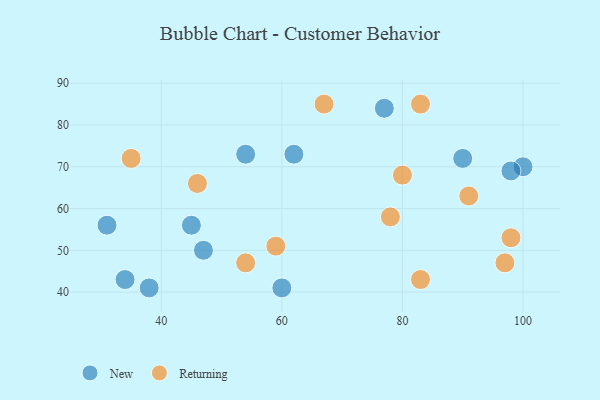
{"axis": {"x": "GDP", "y": "Life Expectancy"}, "legend": ["New", "Returning"], "data": [{"x": "47", "y": 50, "type": "New"}, {"x": "31", "y": 56, "type": "New"}, {"x": "100", "y": 70, "type": "New"}, {"x": "54", "y": 73, "type": "New"}, {"x": "90", "y": 72, "type": "New"}, {"x": "77", "y": 84, "type": "New"}, {"x": "98", "y": 69, "type": "New"}, {"x": "38", "y": 41, "type": "New"}, {"x": "45", "y": 56, "type": "New"}, {"x": "34", "y": 43, "type": "New"}, {"x": "60", "y": 41, "type": "New"}, {"x": "62", "y": 73, "type": "New"}, {"x": "91", "y": 63, "type": "Returning"}, {"x": "83", "y": 43, "type": "Returning"}, {"x": "35", "y": 72, "type": "Returning"}, {"x": "98", "y": 53, "type": "Returning"}, {"x": "59", "y": 51, "type": "Returning"}, {"x": "78", "y": 58, "type": "Returning"}, {"x": "83", "y": 85, "type": "Returning"}, {"x": "67", "y": 85, "type": "Returning"}, {"x": "97", "y": 47, "type": "Returning"}, {"x": "54", "y": 47, "type": "Returning"}, {"x": "80", "y": 68, "type": "Returning"}, {"x": "46", "y": 66, "type": "Returning"}]}